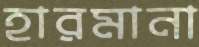
হারমানা